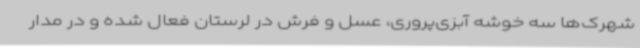
شهرک‌ها سه خوشه آبزی‌پروری، عسل و فرش در لرستان فعال شده و در مدار